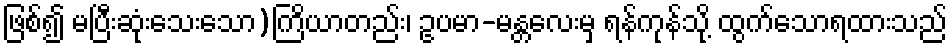
ဖြစ်၍ မပြီးဆုံးသေးသော)ကြိယာတည်း၊ ဥပမာ-မန္တလေးမှ ရန်ကုန်သို့ ထွက်သောရထားသည်